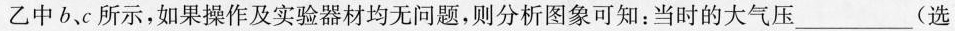
乙中b、c所示，如果操作及实验器材均无问题，则分析图象可知：当时的大气压___(选